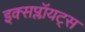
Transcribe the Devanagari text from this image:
इक्सप्लॉयट्स